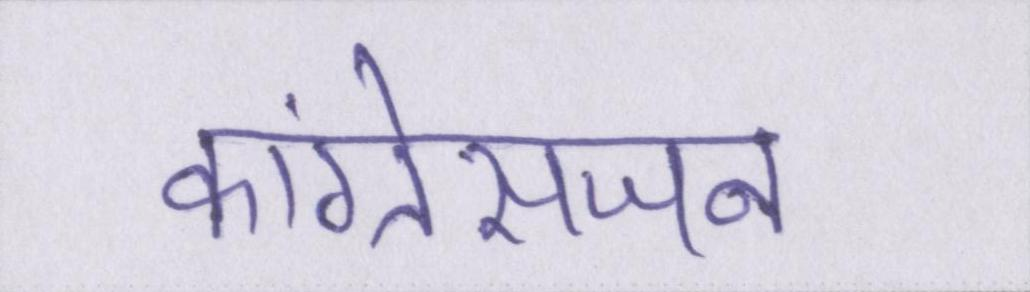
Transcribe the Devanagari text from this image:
कांग्रेसजन